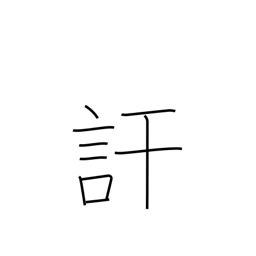
Meaning: divulge